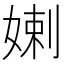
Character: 𡞸